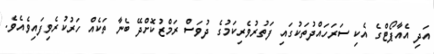
އަދި އެއާޕޯޓްގެ އެކި ސަރަހައްދުތަކުގައި ފަތުރުވެރިކަމުގެ ދުވަސް ރަމްޒުކޮށްދޭ ބެނާ ތަކެއް ހަރުކުރެވިފައިވެއެވެ.